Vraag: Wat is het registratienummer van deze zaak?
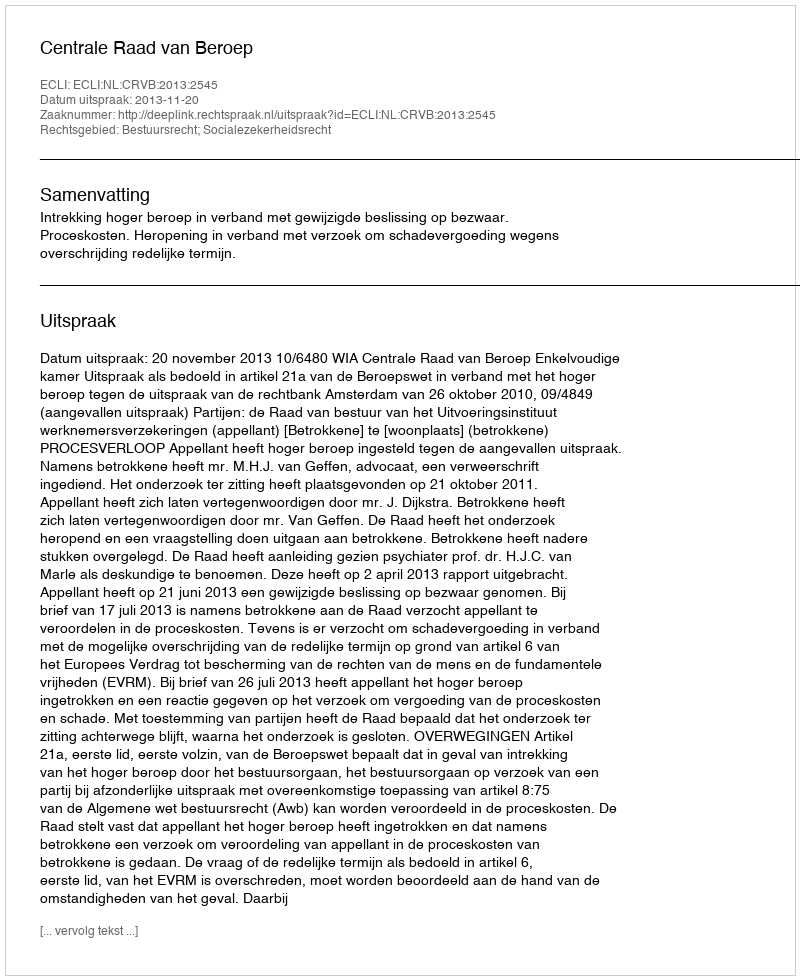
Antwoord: http://deeplink.rechtspraak.nl/uitspraak?id=ECLI:NL:CRVB:2013:2545